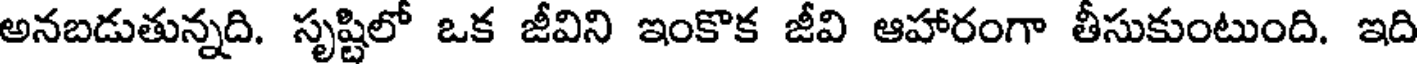
అనబడుతున్నది. సృష్టిలో ఒక జీవిని ఇంకొక జీవి ఆహారంగా తీసుకుంటుంది. ఇది